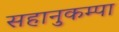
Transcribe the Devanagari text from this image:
सहानुकम्पा